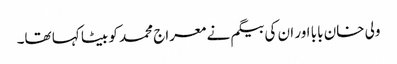
ولی خان بابا اور ان کی بیگم نے معراج محمد کو بیٹا کہا تھا۔